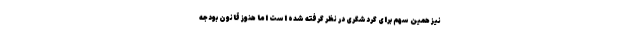
نیز همین سهم برای گردشگری در نظر گرفته شده است اما هنوز قانون بودجه